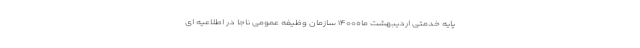
پایه خدمتی اردیبهشت ماه۱۴۰۰ سازمان وظیفه عمومی ناجا در اطلاعیه ای